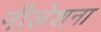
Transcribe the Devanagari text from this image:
नीलेशना